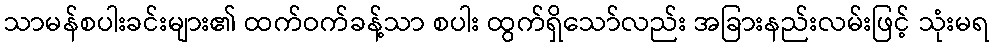
သာမန်စပါးခင်းများ၏ ထက်ဝက်ခန့်သာ စပါး ထွက်ရှိသော်လည်း အခြားနည်းလမ်းဖြင့် သုံးမရ